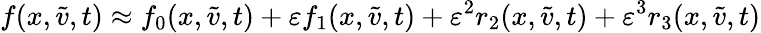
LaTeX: f(x,\tilde{v},t)\approx f_{0}(x,\tilde{v},t)+\varepsilon f_{1}(x,\tilde{v},t)+\varepsilon^{2}r_{2}(x,\tilde{v},t)+\varepsilon^{3}r_{3}(x,\tilde{v},t)